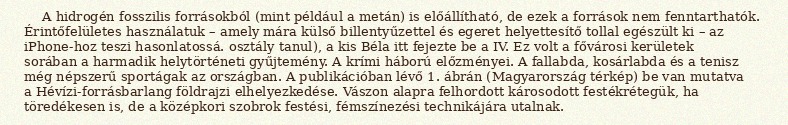
A hidrogén fosszilis forrásokból (mint például a metán) is előállítható, de ezek a források nem fenntarthatók. Érintőfelületes használatuk – amely mára külső billentyűzettel és egeret helyettesítő tollal egészült ki – az iPhone-hoz teszi hasonlatossá. osztály tanul), a kis Béla itt fejezte be a IV. Ez volt a fővárosi kerületek sorában a harmadik helytörténeti gyűjtemény. A krími háború előzményei. A fallabda, kosárlabda és a tenisz még népszerű sportágak az országban. A publikációban lévő 1. ábrán (Magyarország térkép) be van mutatva a Hévízi-forrásbarlang földrajzi elhelyezkedése. Vászon alapra felhordott károsodott festékrétegük, ha töredékesen is, de a középkori szobrok festési, fémszínezési technikájára utalnak.